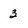
Character: 3